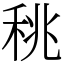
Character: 䄻